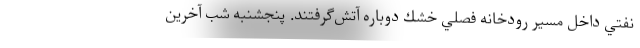
نفتي داخل مسير رودخانه فصلي خشك دوباره آتش‌گرفتند. پنجشنبه شب آخرين